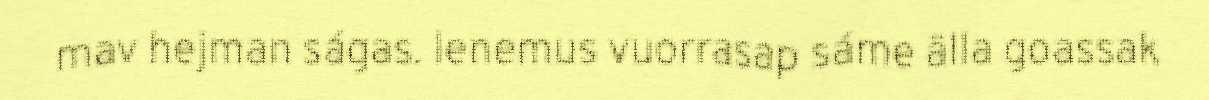
mav hejman ságas. Ienemus vuorrasap sáme älla goassak